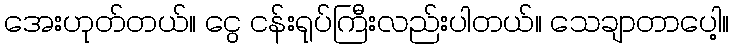
အေးဟုတ်တယ်။ ငွေ ငန်းရုပ်ကြီးလည်းပါတယ်။ သေချာတာပေါ့။